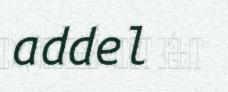
addel